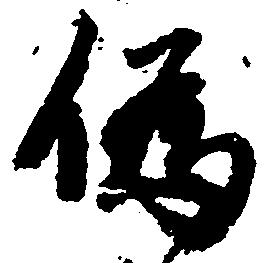
偽